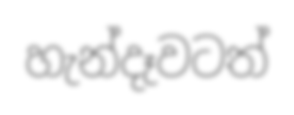
හැන්දෑවටත්